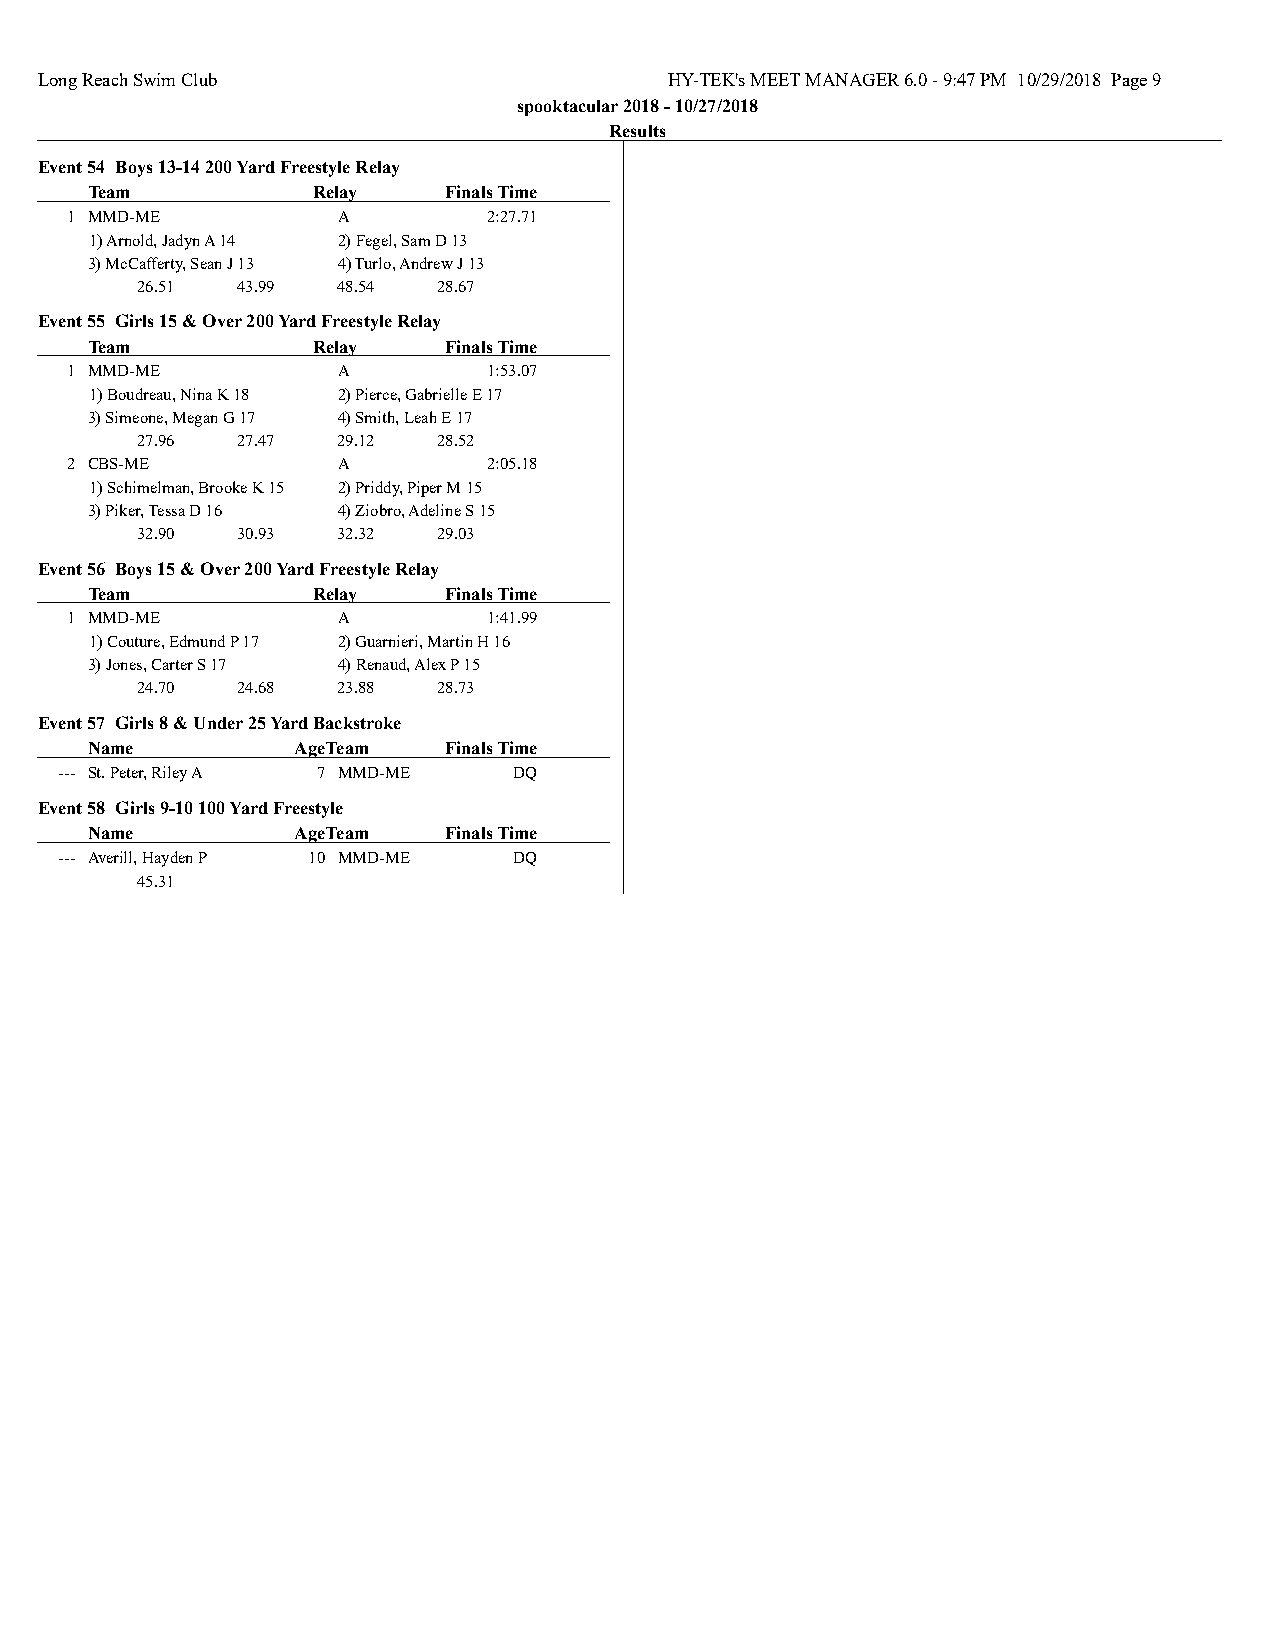
Long Reach Swim Club                      HY-TEK's MEET MANAGER 6.0 - 9:47 PM 10/29/2018 Page 9
 spooktacular 2018 - 10/27/2018
 Results
 Event 54 Boys 13-14 200 Yard Freestyle Relay
 Team           R elay  Finals Time
 1 MMD-ME          A         2:27.71
 1) Arnold, Jadyn A 14 2) Fegel, Sam D 13
 3) McCafferty, Sean J 13 4) Turlo, Andrew J 13
 26.51  43.99 48.54  28.67
 Event 55 Girls 15 & Over 200 Yard Freestyle Relay
 Team           R elay  Finals Time
 1 MMD-ME          A         1:53.07
 1) Boudreau, Nina K 18 2) Pierce, Gabrielle E 17
 3) Simeone, Megan G 17 4) Smith, Leah E 17
 27.96  27.47 29.12  28.52
 2 CBS-ME          A         2:05.18
 1) Schimelman, Brooke K 15 2) Priddy, Piper M 15
 3) Piker, Tessa D 16 4) Ziobro, Adeline S 15
 32.90  30.93 32.32  29.03
 Event 56 Boys 15 & Over 200 Yard Freestyle Relay
 Team           R elay  Finals Time
 1 MMD-ME          A         1:41.99
 1) Couture, Edmund P 17 2) Guarnieri, Martin H 16
 3) Jones, Carter S 17 4) Renaud, Alex P 15
 24.70  24.68 23.88  28.73
 Event 57 Girls 8 & Under 25 Yard Backstroke
 Name         Ag e Team Finals Time
 --- St. Peter, Riley A 7 MMD-ME DQ
 Event 58 Girls 9-10 100 Yard Freestyle
 Name         Ag e Team Finals Time
 --- Averill, Hayden P 10 MMD-ME DQ
 45.31